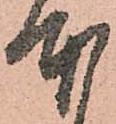
本